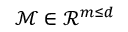
\mathcal { M } \in \mathcal { R } ^ { m \leq d }